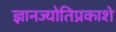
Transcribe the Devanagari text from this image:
ज्ञानज्योतिप्रकाशे